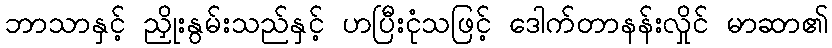
ဘာသာနှင့် ညှိုးနွမ်းသည်နှင့် ဟပြီးငုံသဖြင့် ဒေါက်တာနန်းလှိုင် မာဆာ၏